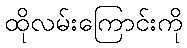
ထိုလမ်းကြောင်းကို